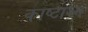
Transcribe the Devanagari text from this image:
काष्टाश्म